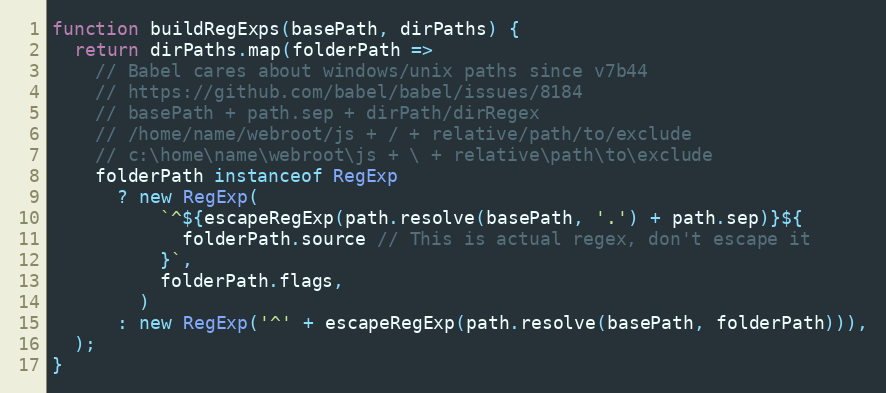
Language: JavaScript
function buildRegExps(basePath, dirPaths) {
  return dirPaths.map(folderPath =>
    // Babel cares about windows/unix paths since v7b44
    // https://github.com/babel/babel/issues/8184
    // basePath + path.sep + dirPath/dirRegex
    // /home/name/webroot/js + / + relative/path/to/exclude
    // c:\home\name\webroot\js + \ + relative\path\to\exclude
    folderPath instanceof RegExp
      ? new RegExp(
          `^${escapeRegExp(path.resolve(basePath, '.') + path.sep)}${
            folderPath.source // This is actual regex, don't escape it
          }`,
          folderPath.flags,
        )
      : new RegExp('^' + escapeRegExp(path.resolve(basePath, folderPath))),
  );
}